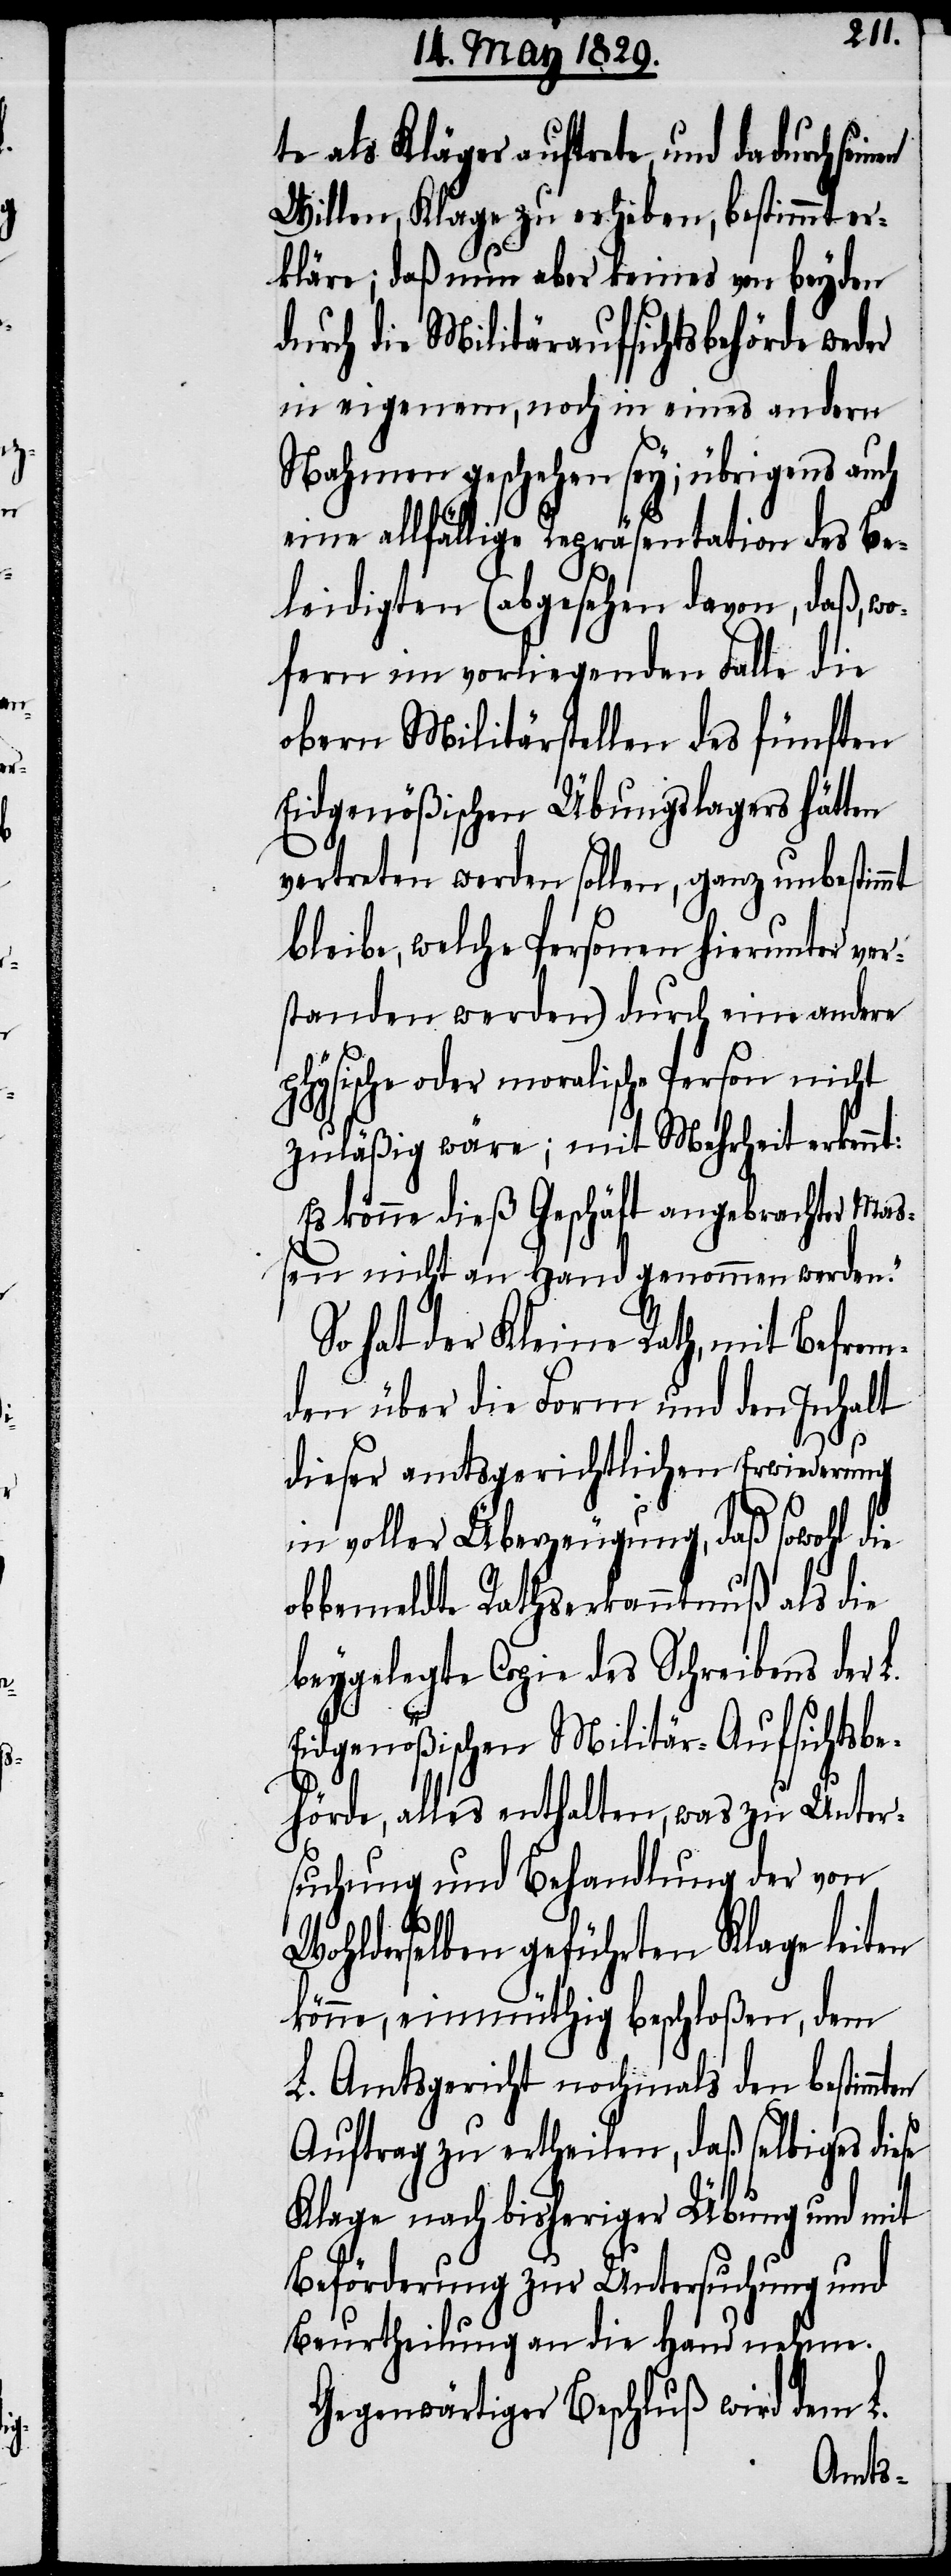
te als Kläger auftrete und dadurch
Willen, Klage zu erheben, bestimmt er¬
kläre; daß nun aber keiner von beyden
durch die Militäraufsichtsbehörde weder
in eigenem, noch in eines andern
Nahmen geschehen sey; übrigens auch
eine allfällige Repräsentation des Be¬
leidigten (abgesehen davon, daß, wo¬
fern im vorliegenden Falle die
obern Militärstellen des fünften
Eidgenößischen Übungslagers hätten
vertreten werden sollen, ganz unbestimmt
bleibe, welche Personen hierunter ver¬
standen werden) durch eine andere
hysische oder moralische Person nicht
zuläßig wäre; mit Mehrheit erkennt:
Es könne dieß Geschäft angebrachter Maß¬
en nicht an Hand genommen werden.“
So hat der Kleine Rath, mit Befrem¬
den über die Form und den Inhalt
dieser amtsgerichtlichen Erwiederung
in voller Überzeugung, daß sowohl die
obbemeldte Rathserkenntnuß als die
beygelegte Copie des Schreibens der
Eidgenößischen Militär-Aufsichtsbe¬
hörde, alles enthalten, was zu Unter¬
suchung und Behandlung der von
ten
Wohlderselben geführten Klage leiten
könne, einmüthig beschloßen, dem
L. Amtsgericht nochmals den bestimm¬
Auftrag zu ertheilen, daß selbiges diese
Klage nach bisheriger Übung und mit
Beförderung zur Untersuchung und
Beurtheilung an die Hand nehme.
Gegenwärtiger Beschluß wird dem L.